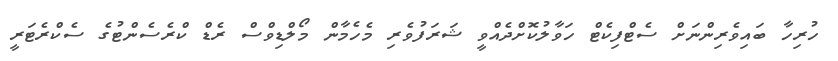
ހުރިހާ ބައިވެރިންނަށް ސެޓްފިކެޓް ހަވާލުކޮށްދެއްވީ ޝަރަފުވެރި މެހެމާން މޯލްޑިވްސް ރެޑް ކްރެސެންޓުގެ ސެކްރެޓަރީ